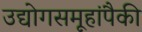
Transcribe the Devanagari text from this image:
उद्योगसमूहांपैकी